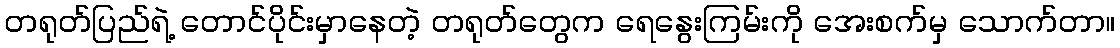
တရုတ်ပြည်ရဲ့ တောင်ပိုင်းမှာနေတဲ့ တရုတ်တွေက ရေနွေးကြမ်းကို အေးစက်မှ သောက်တာ။